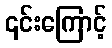
၎င်းကြောင့်